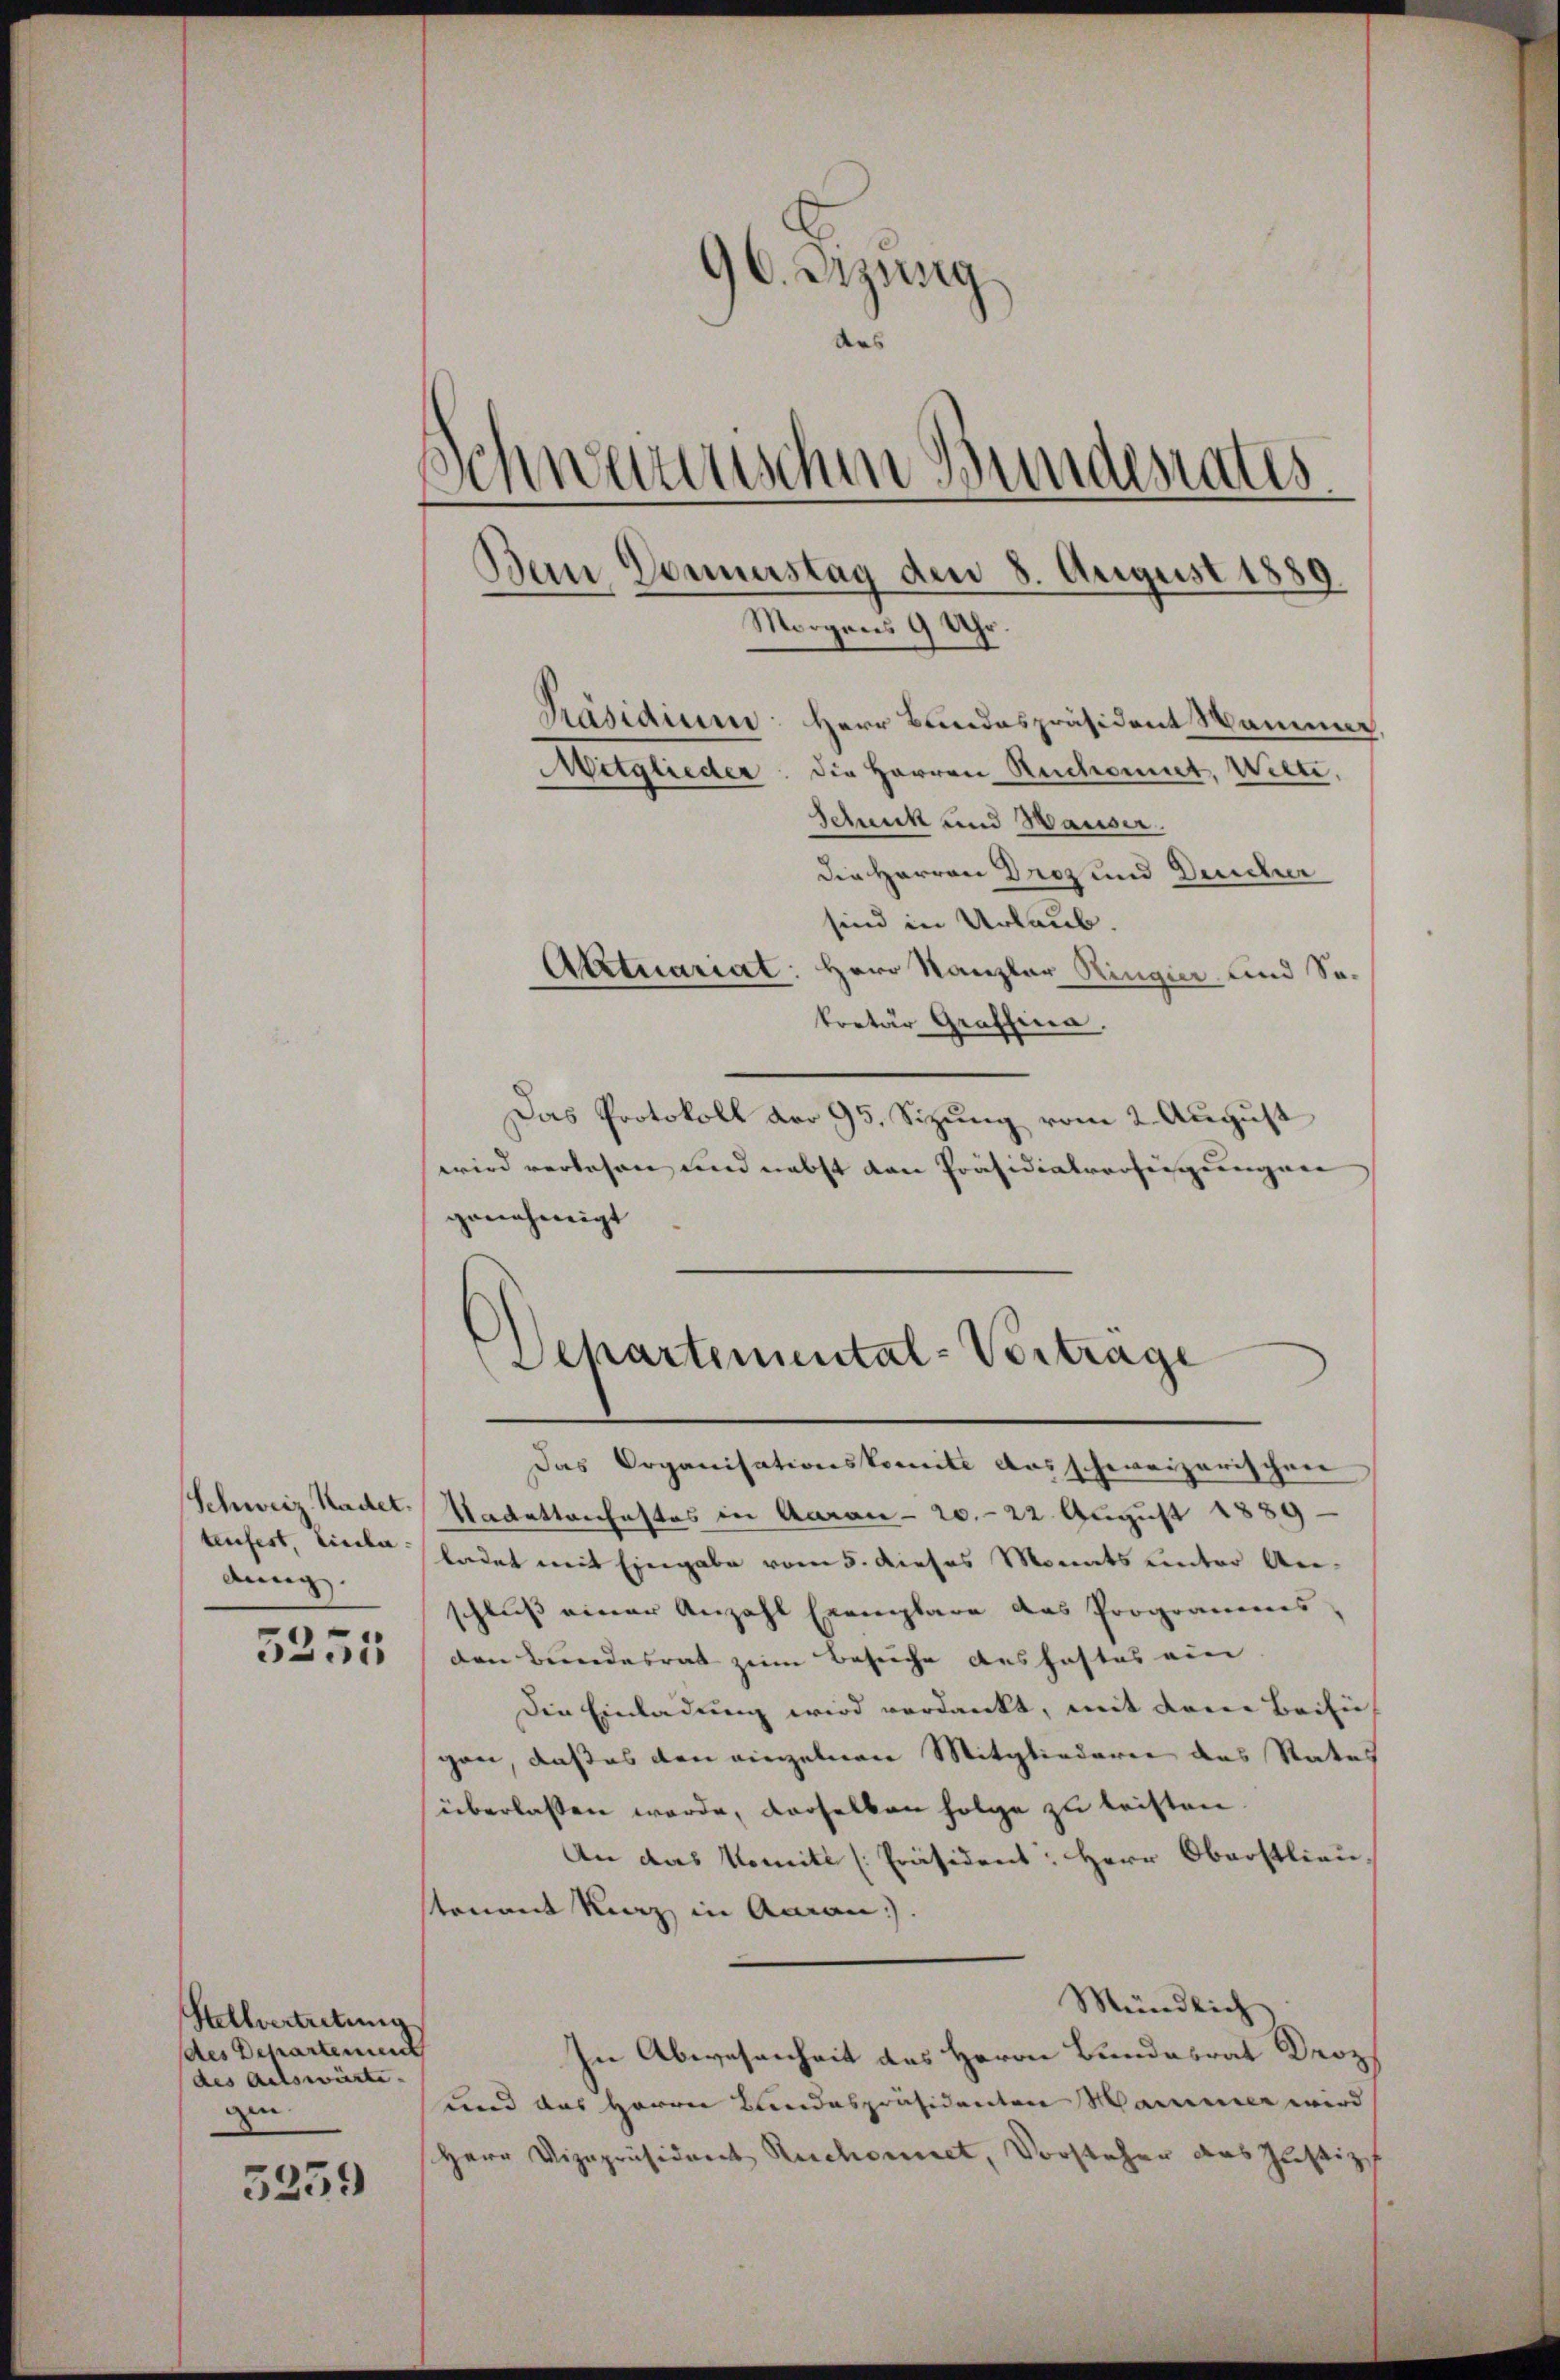
tenfest, Liebe.
dung.

5255

Stellvertretung
des Departement
des Adlswärte,
gen.

5359

96. Irzung
des
Schwerenischen Bundesrates
Ban Donnerstag den 8. August 1889
Morgens 9 Uhr.
Präsidium: Herr Bundespräsident Mammer,
Mitglieder: die Herren Rechaut, Wien.
Schmuck und Hauser.

Die Herren Droz und Deucher
sind in Urlaub.
Atztuariat: Herr Kanzler Ringier und Sokretär Graffina.
Das Protokoll der 95. Sizung vom 2. August
wird verlesen und nebst den Präsidialverfügungen
genehmigt

Departemental-Vorträge

Das Organisationskomite das schweizerischen
Schweiz Radel Kadettonfestes in Aarau - 20. 22. August 1889 -
ladet mit Eingabe vom 5. dieses Monats unter Anschluß einer Anzahl Exemplare das Programmes,
den Bundesrat zum Besuche Aushaftes ein
Die Einladung wird verdankt, mit dere Beifügen, daß es den einzelnen Mitgliederen das Rates
überlassen werde, derselben folge zu leisten.
An das Nomite [Präsident: Herr Oberstlieu,
tenant Kurz in Amrau).
Mündlich
In Abwesenheit des Herrn Bundesrat Droz
und das Herrn Landespräsidenten Marmer wird
Herr Vizepräsident Rechnet, Vorsteher das Justiz,